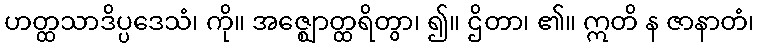
ဟတ္ထသာဒိပ္ပဒေသံ၊ ကို။ အဇ္ဈောတ္ထရိတွာ၊ ၍။ ဌိတာ၊ ၏။ ဣတိ န ဇာနာတံ၊